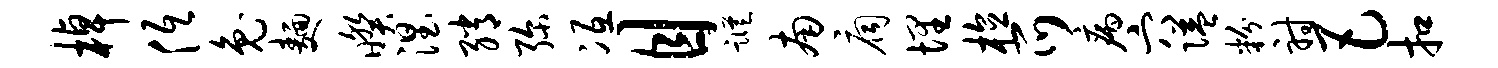
棹低兔面暌涅绡弥冱目踪南扃埋植爪病穴隘粉射巴扣